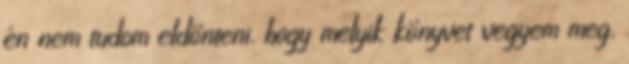
én nem tudom eldönteni, hogy melyik könyvet vegyem meg,